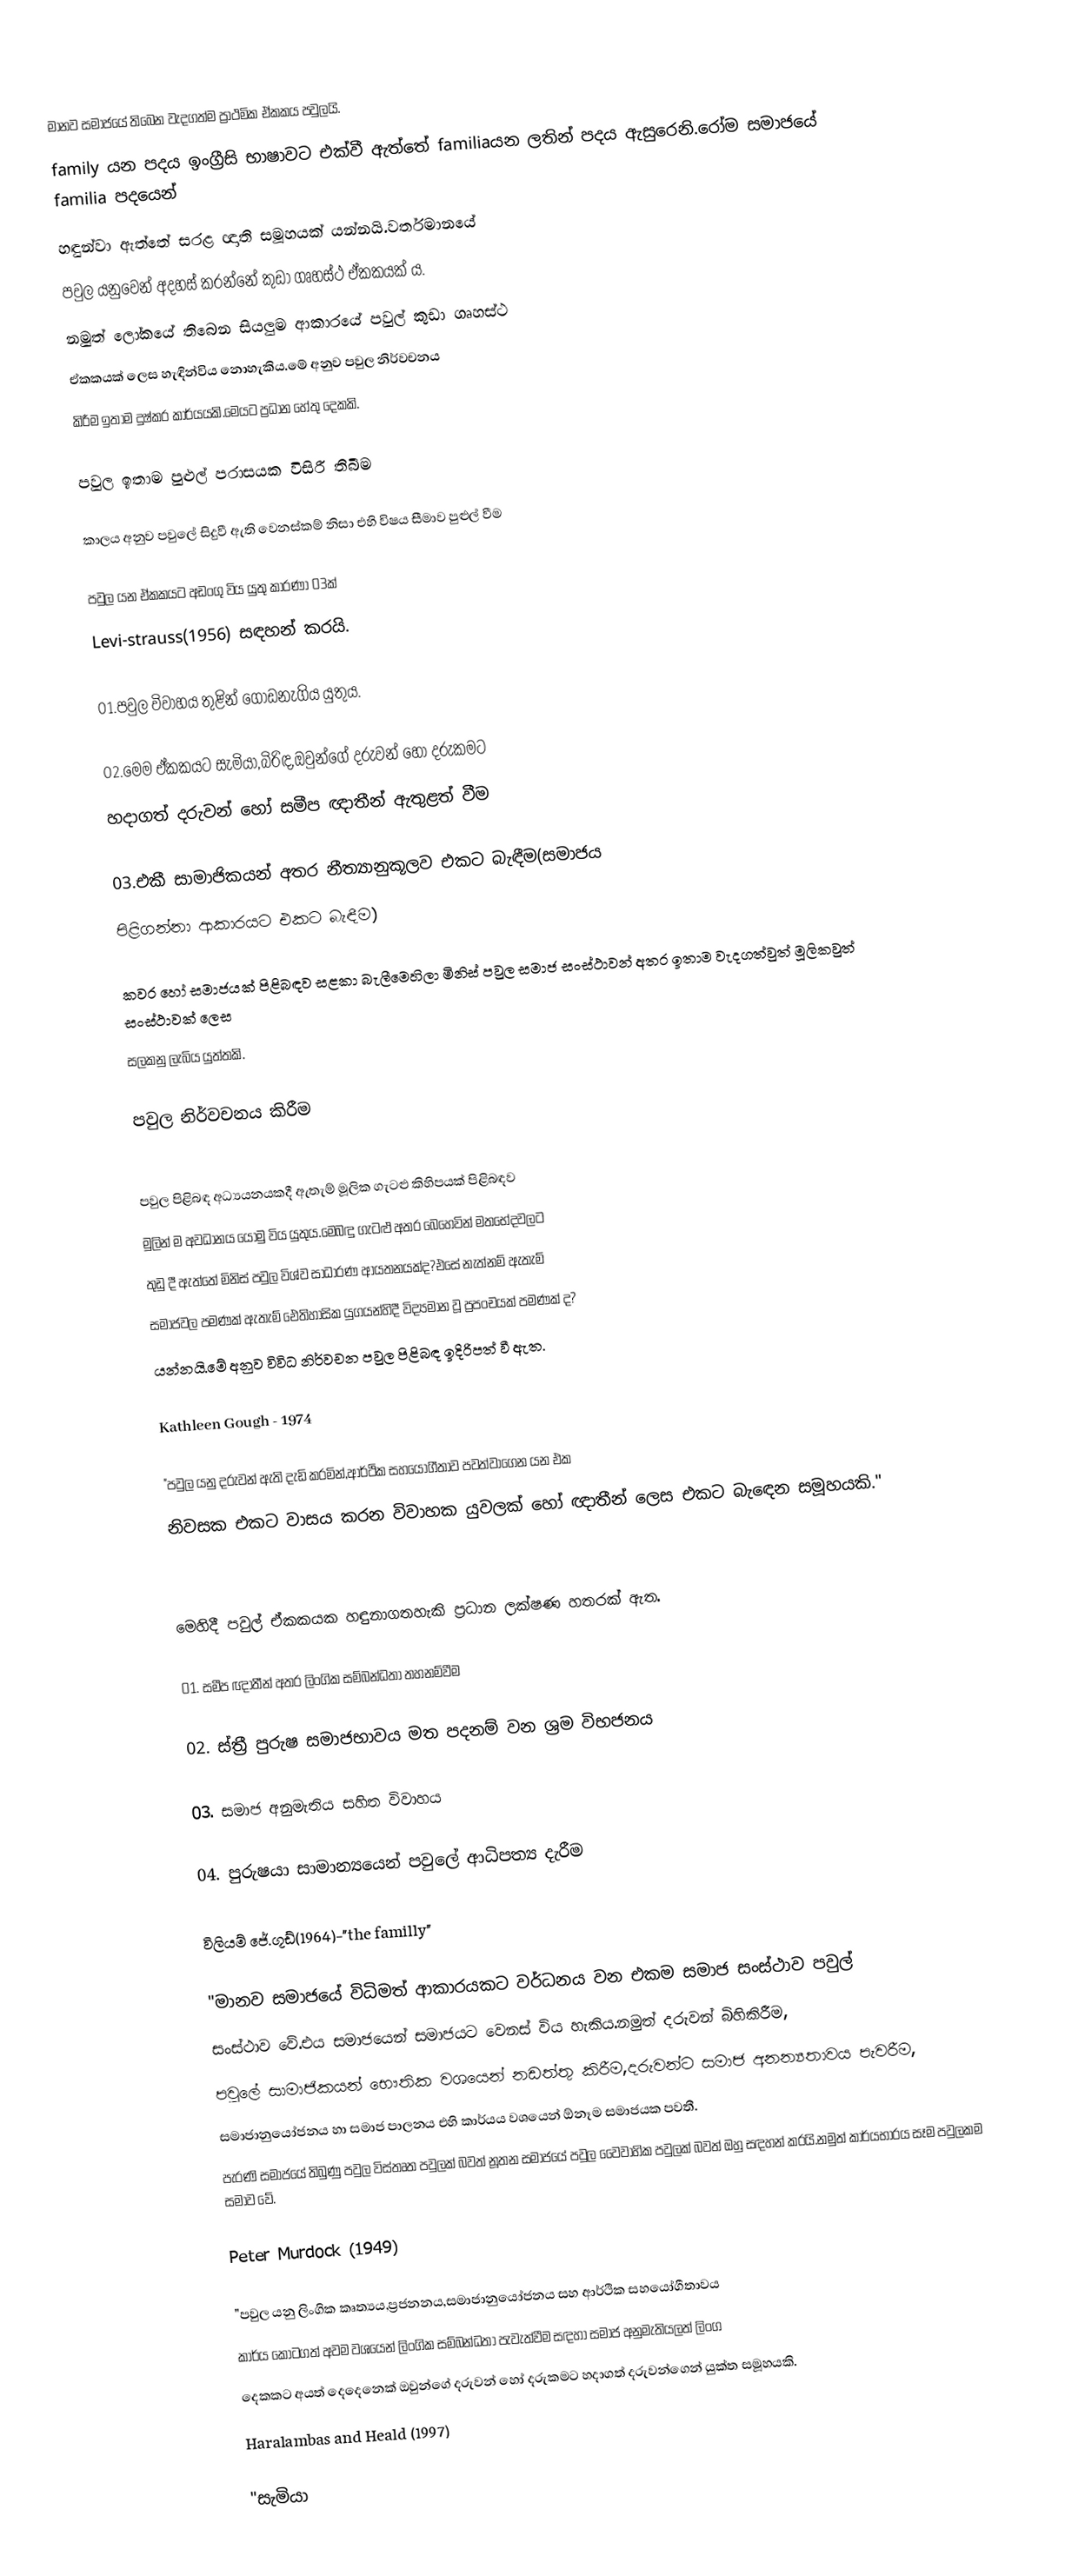
මානව සමාජයේ තිබෙන වැදගත්ම ප්‍රාථමික ඒකකය පවුලයි.
family යන පදය ඉංග්‍රීසි භාෂාවට එක්වී ඇත්තේ familiaයන ලතින් පදය ඇසුරෙනි.රෝම සමාජයේ familia පදයෙන්
හඳුන්වා ඇත්තේ සරළ ඥාති සමූහයක් යන්නයි.වර්තමානයේ
පවුල යනුවෙන් අදහස් කරන්නේ කුඩා ගෘහස්ථ ඒකකයක් ය.
නමුත් ලෝකයේ තිබෙන සියලුම ආකාරයේ පවුල් කුඩා ගෘහස්ථ
ඒකකයක් ලෙස හැඳින්විය නොහැකිය.මේ අනුව පවුල නිර්වචනය
කිරීම ඉතාම දුෂ්කර කාර්යයකි.මෙයට ප්‍රධාන හේතු දෙකකි.

 පවුල ඉතාම පුළුල් පරාසයක විසිරී තිබීම

 කාලය අනුව පවුලේ සිදුවී ඇති වෙනස්කම් නිසා එහි විෂය සීමාව පුළුල් වීම

පවුල යන ඒකකයට අඩංගු විය යුතු කාරණා 03ක්
Levi-strauss(1956) සඳහන් කරයි.

01.පවුල විවාහය තුළින් ගොඩනැගිය යුතුය.

02.මෙම ඒකකයට සැමියා,බිරිඳ,ඔවුන්ගේ දරුවන් හෝ දරුකමට
හදාගත් දරුවන් හෝ සමීප ඥාතීන් ඇතුළත් වීම

03.එකී සාමාජිකයන් අතර නීත්‍යානුකූලව එකට බැඳීම(සමාජය
පිළිගන්නා ආකාරයට එකට බැඳීම)

	කවර හෝ සමාජයක් පිළිබඳව සළකා බැලීමෙහිලා මිනිස් පවුල සමාජ සංස්ථාවන් අතර ඉතාම වැදගත්වුත් මූලිකවුත් සංස්ථාවක් ලෙස
සලකනු ලැබිය යුත්තකි.

පවුල නිර්වචනය කිරීම

	පවුල පිළිබඳ අධ්‍යයනයකදී ඇතැම් මූලික ගැටළු කිහිපයක් පිළිබඳව
මුලින් ම අවධානය යොමු විය යුතුය.මෙබඳු ගැටළු අතර බෙහෙවින් මතභේදවලට
තුඩු දී ඇත්තේ මිනිස් පවුල විශ්ව සාධාරණ ආයතනයක්ද?එසේ නැත්නම් ඇතැම්
සමාජවල පමණක් ඇතැම් ඓතිහාසික යුගයන්හිදී විද්‍යමාන වූ ප්‍රපංචයක් පමණක් ද?
යන්නයි.මේ අනුව විවිධ නිර්වචන පවුල පිළිබඳ ඉදිරිපත් වී ඇත.

Kathleen Gough - 1974

"පවුල යනු දරුවන් ඇති දැඩි කරමින්,ආර්ථික සහයෝගීතාව පවත්වාගෙන යන එක
නිවසක එකට වාසය කරන විවාහක යුවලක් හෝ ඥාතීන් ලෙස එකට බැඳෙන සමූහයකි."

		මෙහිදී පවුල් ඒකකයක හඳුනාගතහැකි ප්‍රධාන ලක්ෂණ හතරක් ඇත.

01. සමීප ඥාතීන් අතර ලිංගික සම්බන්ධතා තහනම්වීම

02. ස්ත්‍රී පුරුෂ සමාජභාවය මත පදනම් වන ශ්‍රම විභජනය

03. සමාජ අනුමැතිය සහිත විවාහය

04. පුරුෂයා සාමාන්‍යයෙන් පවුලේ ආධිපත්‍ය දැරීම

විලියම් ජේ.ගූඩ්(1964)-"the familly"

"මානව සමාජයේ විධිමත් ආකාරයකට වර්ධනය වන එකම සමාජ සංස්ථාව පවුල්
සංස්ථාව වේ.එය සමාජයෙන් සමාජයට වෙනස් විය හැකිය.නමුත් දරුවන් බිහිකිරීම,
පවුලේ සාමාජිකයන් භෞතික වශයෙන් නඩත්තු කිරීම,දරුවන්ට සමාජ අනන්‍යතාවය පැවරීම,
සමාජානුයෝජනය හා සමාජ පාලනය එහි කාර්යය වශයෙන් ඕනෑම සමාජයක පවතී.
	පැරණි සමාජයේ තිබුණු පවුල විස්තෘත පවුලක් බවත් නූතන සමාජයේ පවුල වෛවාහික පවුලක් බවත් ඔහු සඳහන් කරයි.නමුත් කාර්යභාරය සෑම පවුලකම සමාව වේ.

	Peter Murdock (1949)

	"පවුල යනු ලිංගික කෘත්‍යය,ප්‍රජනනය,සමාජානුයෝජනය සහ ආර්ථික සහයෝගීතාවය
කාර්ය කොටගත් අවම වශයෙන් ලිංගික සම්බන්ධතා පැවැත්වීම සඳහා සමාජ අනුමැතියලත් ලිංග
දෙකකට අයත් දෙදෙනෙක් ඔවුන්ගේ දරුවන් හෝ දරුකමට හදාගත් දරුවන්ගෙන් යුක්ත සමූහයකි.
	Haralambas and Heald (1997)

	"සැමියා